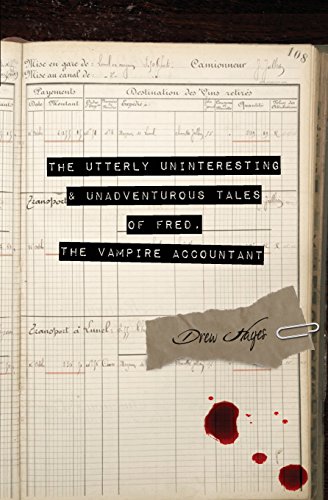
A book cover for The Utterly Uninteresting and Unadventurous Tales of Fred, the Vampire Accountant; Drew Hayes; Literature & Fiction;